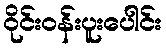
ဝိုင်းဝန်းပူးပေါင်း